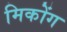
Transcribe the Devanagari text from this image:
मिकोंग